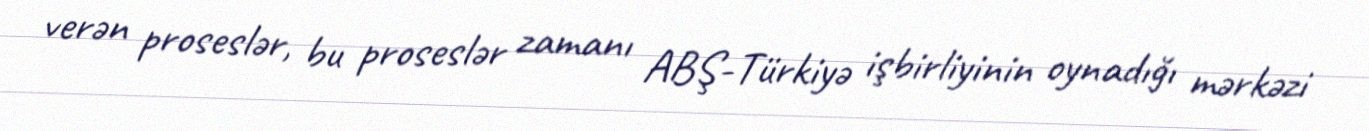
verən proseslər, bu proseslər zamanı ABŞ-Türkiyə işbirliyinin oynadığı mərkəzi